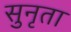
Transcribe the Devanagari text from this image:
सुनृता